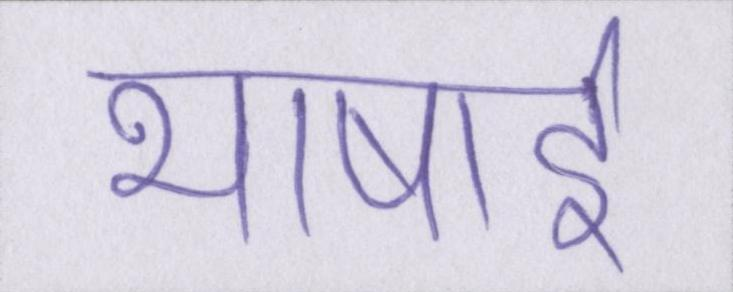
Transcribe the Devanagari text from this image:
भाषाई